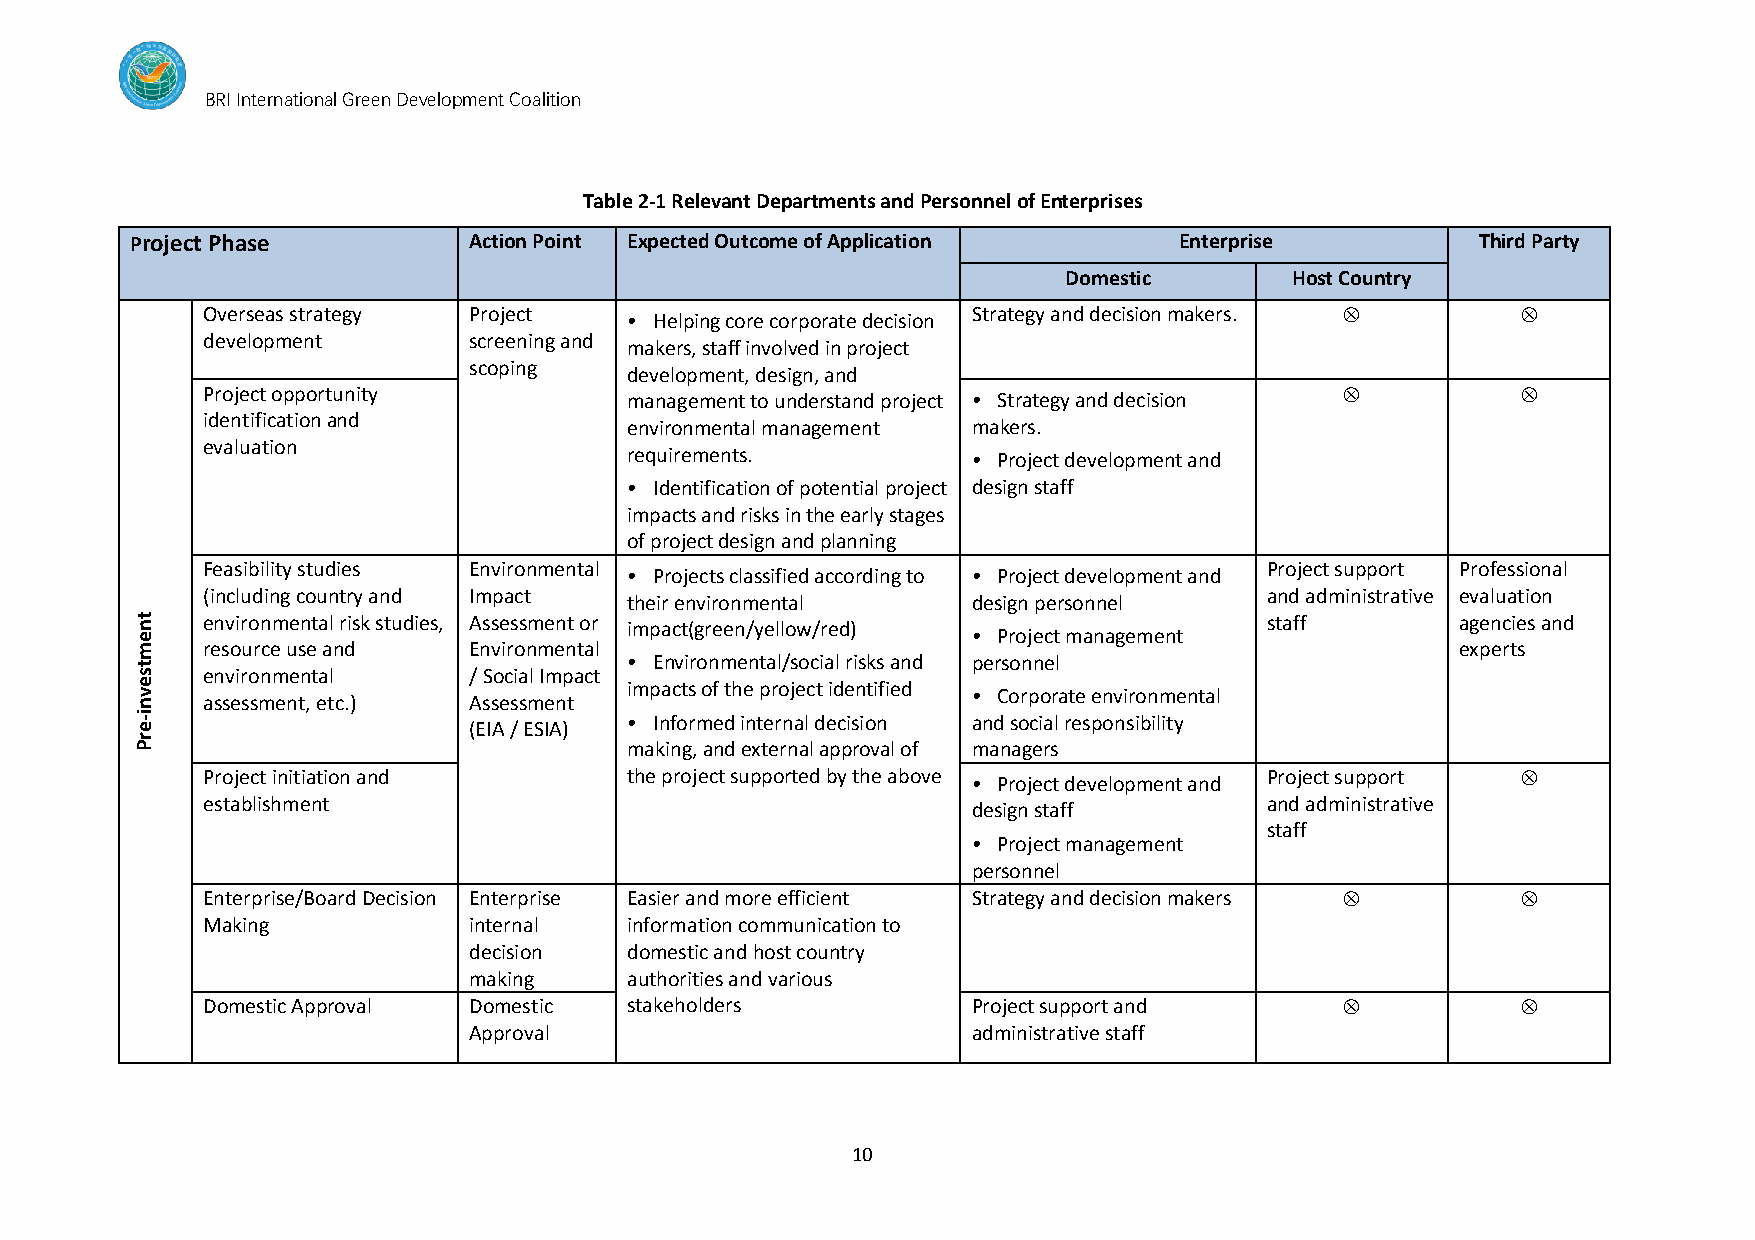
BRI International Green Development Coalition
 Table 2-1 Relevant Departments and Personnel of Enterprises
 Project Phase         Action Point Expected Outcome of Application   Enterprise          Third Party
 Domestic       Host Country
 Overseas strategy Project    • Helping core corporate decision Strategy and decision makers.  
 development       screening and
 makers, staff involved in project
 scoping
 development, design, and
 Project opportunity          management to understand project • Strategy and decision  
 identification and
 environmental management makers.
 evaluation
 requirements.         • Project development and
 • Identification of potential project design staff
 impacts and risks in the early stages
 of project design and planning
 Feasibility studies Environmental
 • Projects classified according to • Project development and
 Project support Professional
 (including country and Impact                                          and administrative evaluation
 their environmental   design personnel
 t n
 e
 environmental risk studies, Assessment or impact(green/yellow/red)
 • Project management
 staff        agencies and
 m   resource use and  Environmental                                                     experts
 t                                • Environmental/social risks and personnel
 s   environmental     / Social Impact
 e
 v
 impacts of the project identified
 • Corporate environmental
 n   assessment, etc.) Assessment
 e-i
 (EIA / ESIA)
 • Informed internal decision and social responsibility
 r
 P                                making, and external approval of managers
 Project initiation and       the project supported by the above • Project development and Project support 
 establishment                                                          and administrative
 design staff
 staff
 • Project management
 personnel
 Enterprise/Board Decision Enterprise Easier and more efficient Strategy and decision makers  
 Making            internal   information communication to
 decision   domestic and host country
 making     authorities and various
 Domestic Approval Domestic   stakeholders          Project support and                 
 Approval                         administrative staff
 10